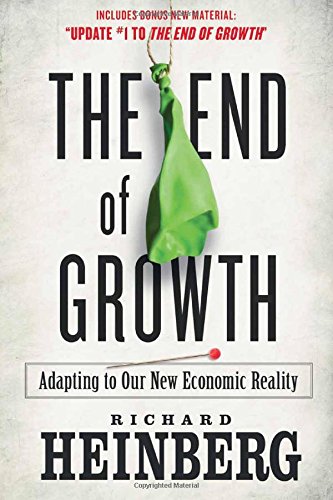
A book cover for The End of Growth: Adapting to Our New Economic Reality; Richard Heinberg; Business & Money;